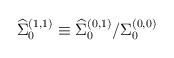
\begin{align*}{\widehat \Sigma}_{0}^{(1,1)}\equiv {{\widehat \Sigma}_{0}^{(0,1)}}/ {{\Sigma} _{0}^{(0,0)} }\end{align*}